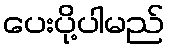
ပေးပို့ပါမည်